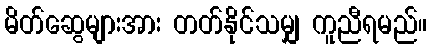
မိတ်ဆွေများအား တတ်နိုင်သမျှ ကူညီရမည်။